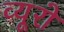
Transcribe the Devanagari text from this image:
व्‍यूरो